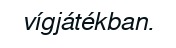
vígjátékban.